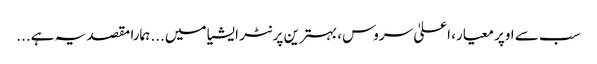
سب سے اوپر معیار، اعلیٰ سروس، بہترین پرنٹر ایشیا میں... ہمارا مقصد یہ ہے...